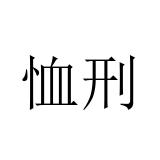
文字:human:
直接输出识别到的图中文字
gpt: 恤刑